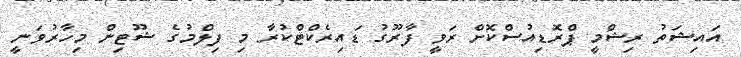
އައިޝަތު ރިޝްމީ ޕްރޮޑިއުސްކޮށް ރަވީ ފާރޫގު ޑައިރެކްޓްކުރާ މި ފިލްމުގެ ޝޫޓިން މިހާރުވަނީ